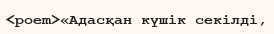
<poem>«Адасқан күшік секілді,